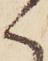
く